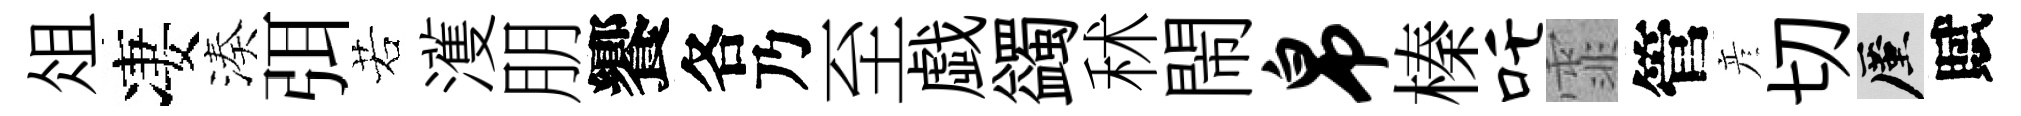
俎凄湊弭若濩朋饗各乃至戯蠲秫閙帛榛吒霏管彦切厪賦